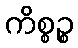
ကိစ္စဉ္စ